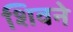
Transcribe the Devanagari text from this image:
शिवने